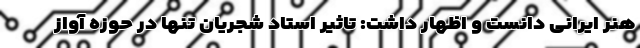
هنر ایرانی دانست و اظهار داشت: تاثیر استاد شجریان تنها در حوزه آواز